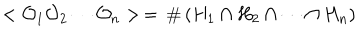
< { \cal O } _ { 1 } { \cal O } _ { 2 } \cdots { \cal O } _ { n } > \, = \, \# \left( H _ { 1 } \cap H _ { 2 } \cap \cdots \cap H _ { n } \right)